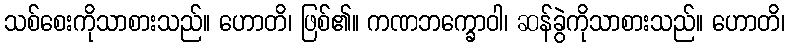
သစ်စေးကိုသာစားသည်။ ဟောတိ၊ ဖြစ်၏။ ကဏဘက္ခောဝါ၊ ဆန်ခွဲကိုသာစားသည်။ ဟောတိ၊